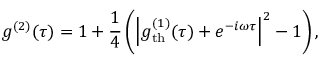
g ^ { ( 2 ) } ( \tau ) = 1 + \frac { 1 } { 4 } \left( \left| g _ { \mathrm { t h } } ^ { ( 1 ) } ( \tau ) + e ^ { - i \omega \tau } \right| ^ { 2 } - 1 \right) ,